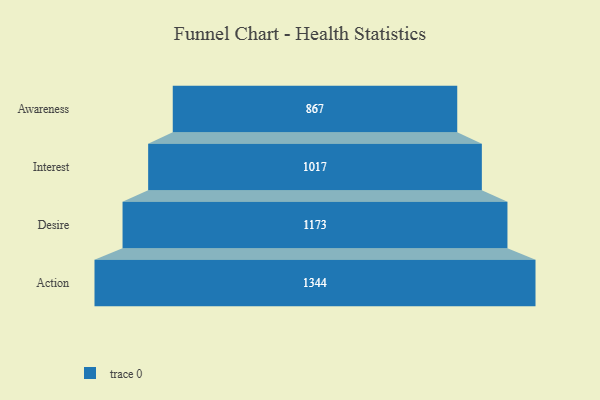
{"axis": {"x": "Stage", "y": "Value"}, "legend": [""], "data": [{"x": "Awareness", "y": 867.0, "type": ""}, {"x": "Interest", "y": 1017.0, "type": ""}, {"x": "Desire", "y": 1173.0, "type": ""}, {"x": "Action", "y": 1344.0, "type": ""}]}